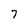
Character: 7